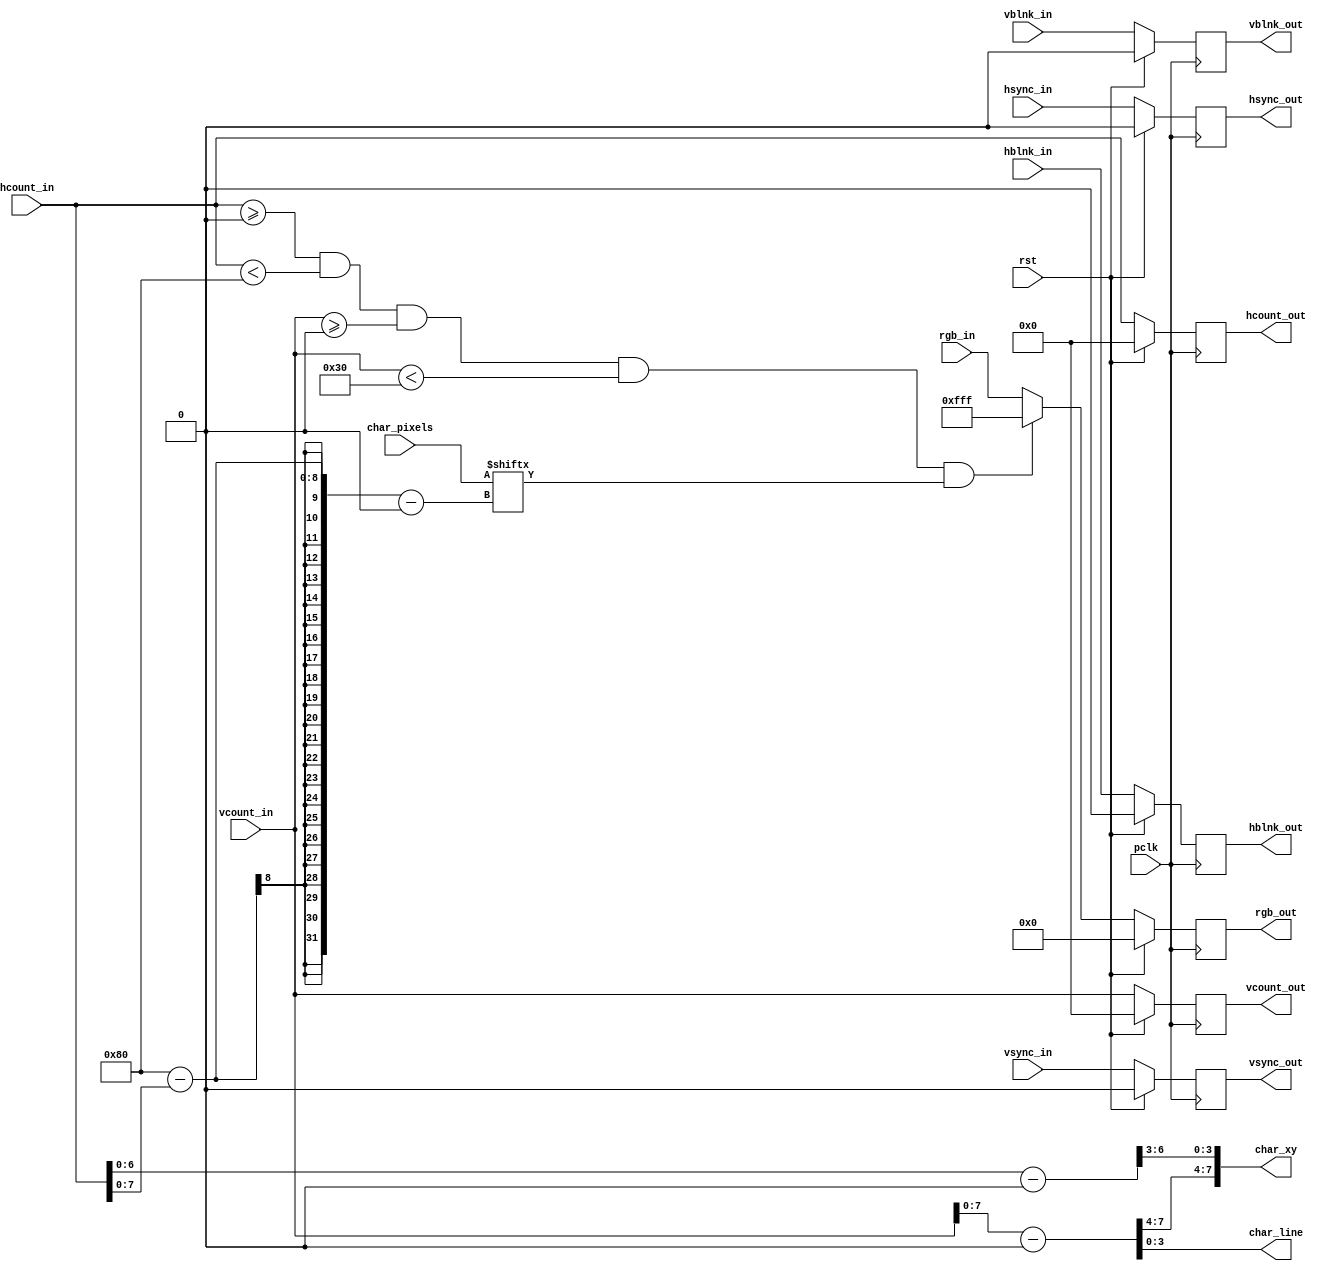
`timescale 1ns / 1ps
//////////////////////////////////////////////////////////////////////////////////
// Company: 
// Engineer: 
// 
// Design Name: 
// Module Name: char_display
// Project Name: 
// Target Devices: 
// Tool Versions: 
// Description: 
// 
// Dependencies: 
// 
// Revision:
// Revision 0.01 - File Created
// Additional Comments:
// 
//////////////////////////////////////////////////////////////////////////////////


module char_display
    #(parameter X_POS = 0, Y_POS = 0)
    (
    input wire pclk,
    input wire rst,
    input wire [10:0] hcount_in,
    input wire hsync_in,
    input wire hblnk_in,
    input wire [10:0] vcount_in,
    input wire vsync_in,
    input wire vblnk_in,
    input wire [11:0] rgb_in,
    input wire [7:0] char_pixels,    //rom
    output reg [10:0] hcount_out,
    output reg hsync_out,
    output reg hblnk_out,
    output reg [10:0] vcount_out,
    output reg vsync_out,
    output reg vblnk_out,
    output reg [11:0] rgb_out,
    output wire [7:0] char_xy,
    output wire [3:0] char_line
    );
    
    localparam RECT_WIDTH = 128;    //8*16
    localparam RECT_HEIGHT = 48;   //16*3
    localparam CHAR_COLOR = 12'hf_f_f;
    
    reg [11:0] rgb_out_nxt;
    wire [10:0] hcount_rect, vcount_rect;
    
    always @(posedge pclk)
        if(rst)
        begin
            hcount_out <= 0;
            hsync_out <= 0;
            hblnk_out <= 0;
            vcount_out <= 0;
            vsync_out <= 0;
            vblnk_out <= 0;
            rgb_out <= 0;
        end
        else
        begin
            hcount_out <= hcount_in;
            hsync_out <= hsync_in;
            hblnk_out <= hblnk_in;
            vcount_out <= vcount_in;
            vsync_out <= vsync_in;
            vblnk_out <= vblnk_in;
            rgb_out <= rgb_out_nxt;    
        end
    
    assign char_line = vcount_rect[3:0];
    assign hcount_rect = hcount_in - X_POS;
    assign vcount_rect = vcount_in - Y_POS;
    assign char_xy = {vcount_rect[7:4],hcount_rect[6:3]};
        
    always @*
    begin
        if((hcount_in >= X_POS)&(hcount_in < (X_POS + RECT_WIDTH))&(vcount_in >= Y_POS)&(vcount_in < (Y_POS + RECT_HEIGHT))&(char_pixels[8'b10000000-hcount_in[7:0]- X_POS]))
            rgb_out_nxt <= CHAR_COLOR;
        else 
            rgb_out_nxt <= rgb_in;
    end
    
endmodule